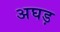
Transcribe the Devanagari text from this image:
अघड़